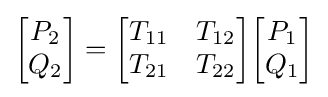
{\begin{bmatrix}P_{2}\\Q_{2}\end{bmatrix}}={\begin{bmatrix}T_{11}&T_{12}\\T_{21}&T_{22}\end{bmatrix}}{\begin{bmatrix}P_{1}\\Q_{1}\end{bmatrix}}